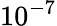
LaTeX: \mathrm{10^{-7}}